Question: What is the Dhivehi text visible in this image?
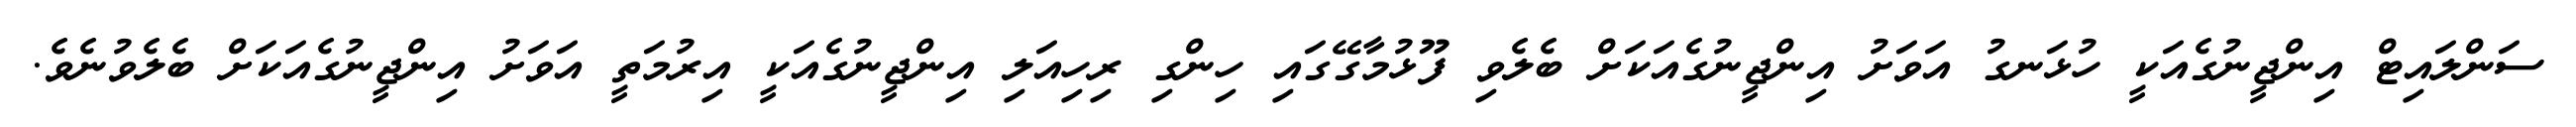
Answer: ސަންލައިޓް އިންޖީނުގެއަކީ ހުޅަނގު އަވަށު އިންޖީނުގެއަކަށް ބެލެވި ފޫޅުމާގޭގައި ހިންގި ރިހިއަލި އިންޖީނުގެއަކީ އިރުމަތީ އަވަށު އިންޖީނުގެއަކަށް ބެލެވުނެވެ.